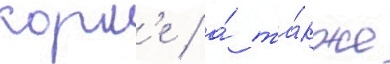
корм'е / а́ та́кже